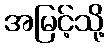
အမြင့်သို့